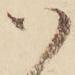
ハ